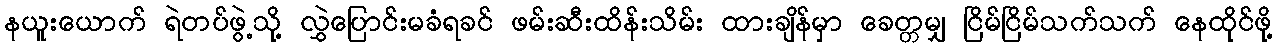
နယူးယောက် ရဲတပ်ဖွဲ့သို့ လွှဲပြောင်းမခံရခင် ဖမ်းဆီးထိန်းသိမ်း ထားချိန်မှာ ခေတ္တမျှ ငြိမ်ငြိမ်သက်သက် နေထိုင်ဖို့